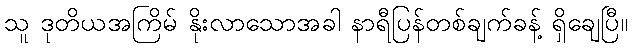
သူ ဒုတိယအကြိမ် နိုးလာသောအခါ နာရီပြန်တစ်ချက်ခန့် ရှိချေပြီ။